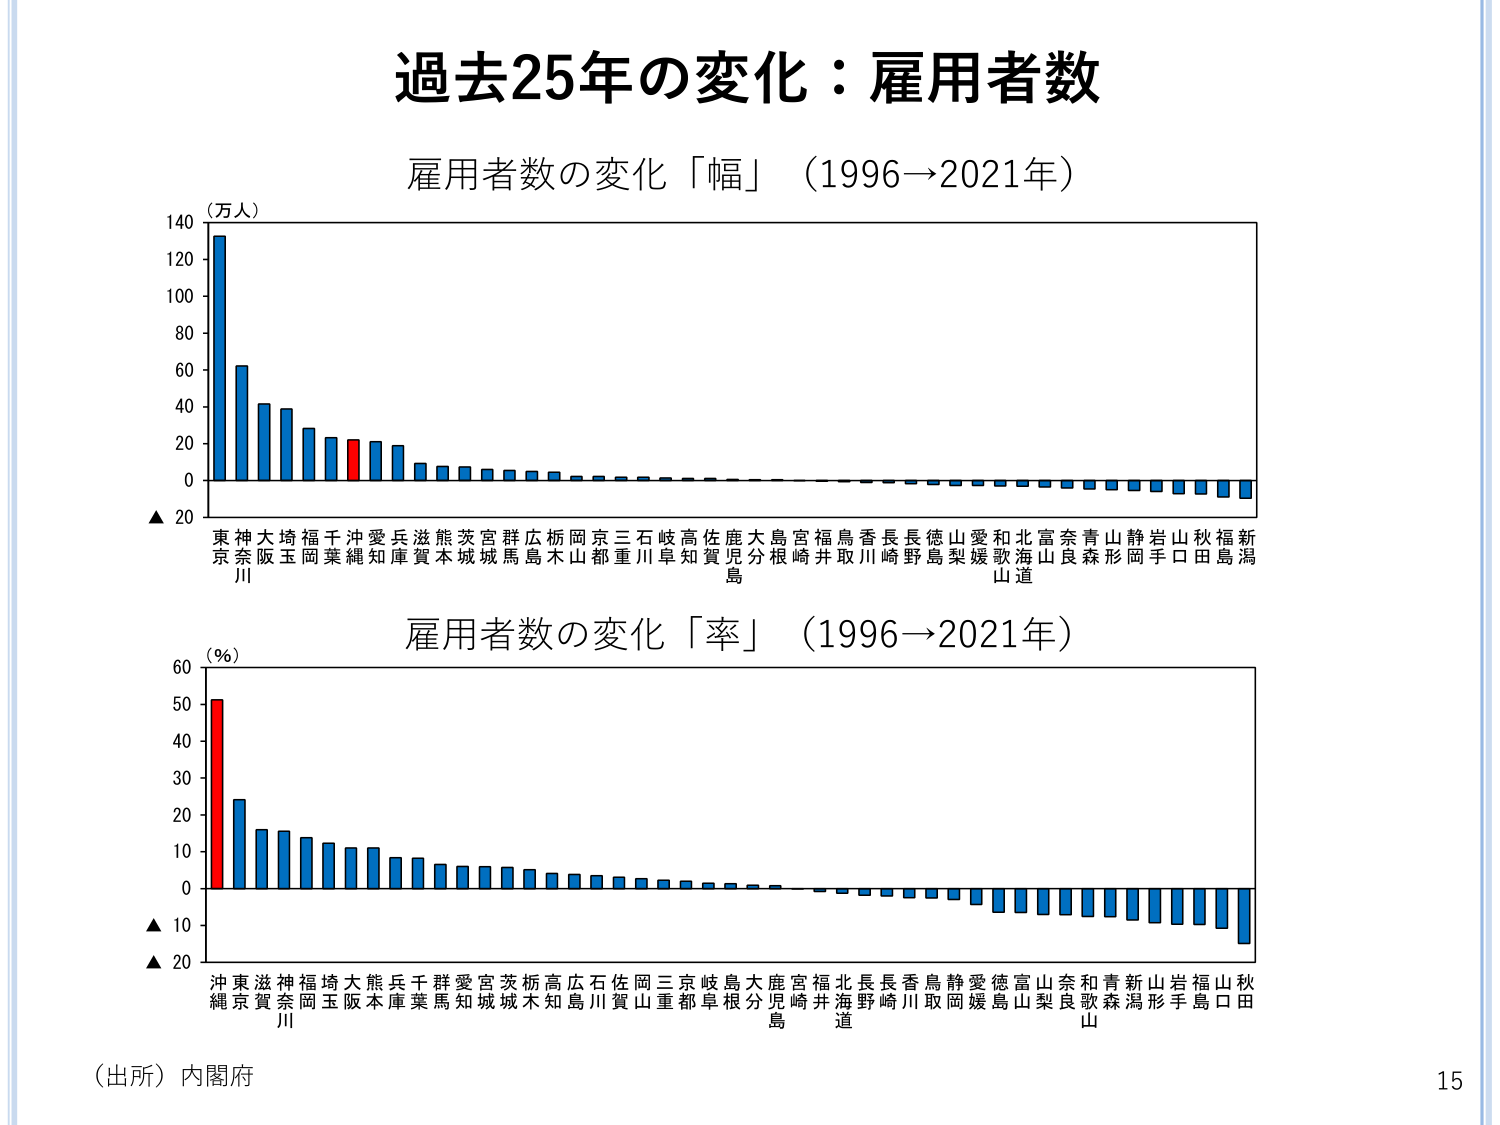
過去25年の変化：雇用者数
雇用者数の変化「幅」（1996→2021年）
（万人）
140
120
100
80
60
40
20
0
▲ 20
東京 神奈川 大阪 埼玉 神奈川 福岡 千葉 沖縄 愛知 兵庫 滋賀 熊本 茨城 宮城 群馬 広島 桥本 岡山 京都 三重 石川 岐阜 高知 佐賀 鹿児島 大分 島根 宮崎 福井 鳥取 香川 長崎 長野 徳島 山梨 愛媛 和歌山 北海道 富山 奈良 青森 山形 静岡 岩手 山口 秋田 福島 新潟
雇用者数の変化「率」（1996→2021年）
（％）
60
50
40
30
20
10
0
▲ 10
▲ 20
沖縄 東京 滋賀 神奈川 福岡 埼玉 大阪 熊本 兵庫 千葉 愛知 群馬 宮城 茨城 桥本 高知 広島 石川 佐賀 岡山 三重 京都 岐阜 島根 大分 鹿児島 宮崎 福井 北海道 長野 長崎 香川 鳥取 静岡 愛媛 徳島 富山 奈良 和歌山 青森 新潟 山形 岩手 福島 山口 秋田
（出所）内閣府
15